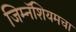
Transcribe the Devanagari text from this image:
जिम्नॅशियमचा